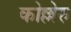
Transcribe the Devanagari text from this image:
कोल्लेरु